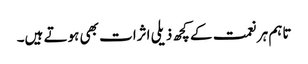
تاہم ہر نعمت کے کچھ ذیلی اثرات بھی ہوتے ہیں۔